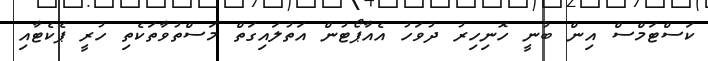
ކަސްޓަމްސް އިން ބުނީ ހޮނިހިރު ދުވަހު އެއާޕޯޓުން އަތުލައިގަތް މަސްތުވާތަކެތި ހުރީ ޕެކެޓާއި